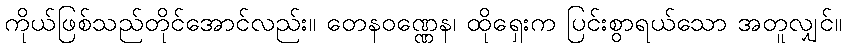
ကိုယ်ဖြစ်သည်တိုင်အောင်လည်း။ တေနဝဏ္ဏေန၊ ထိုရှေးက ပြင်းစွာရယ်သော အတူလျှင်။